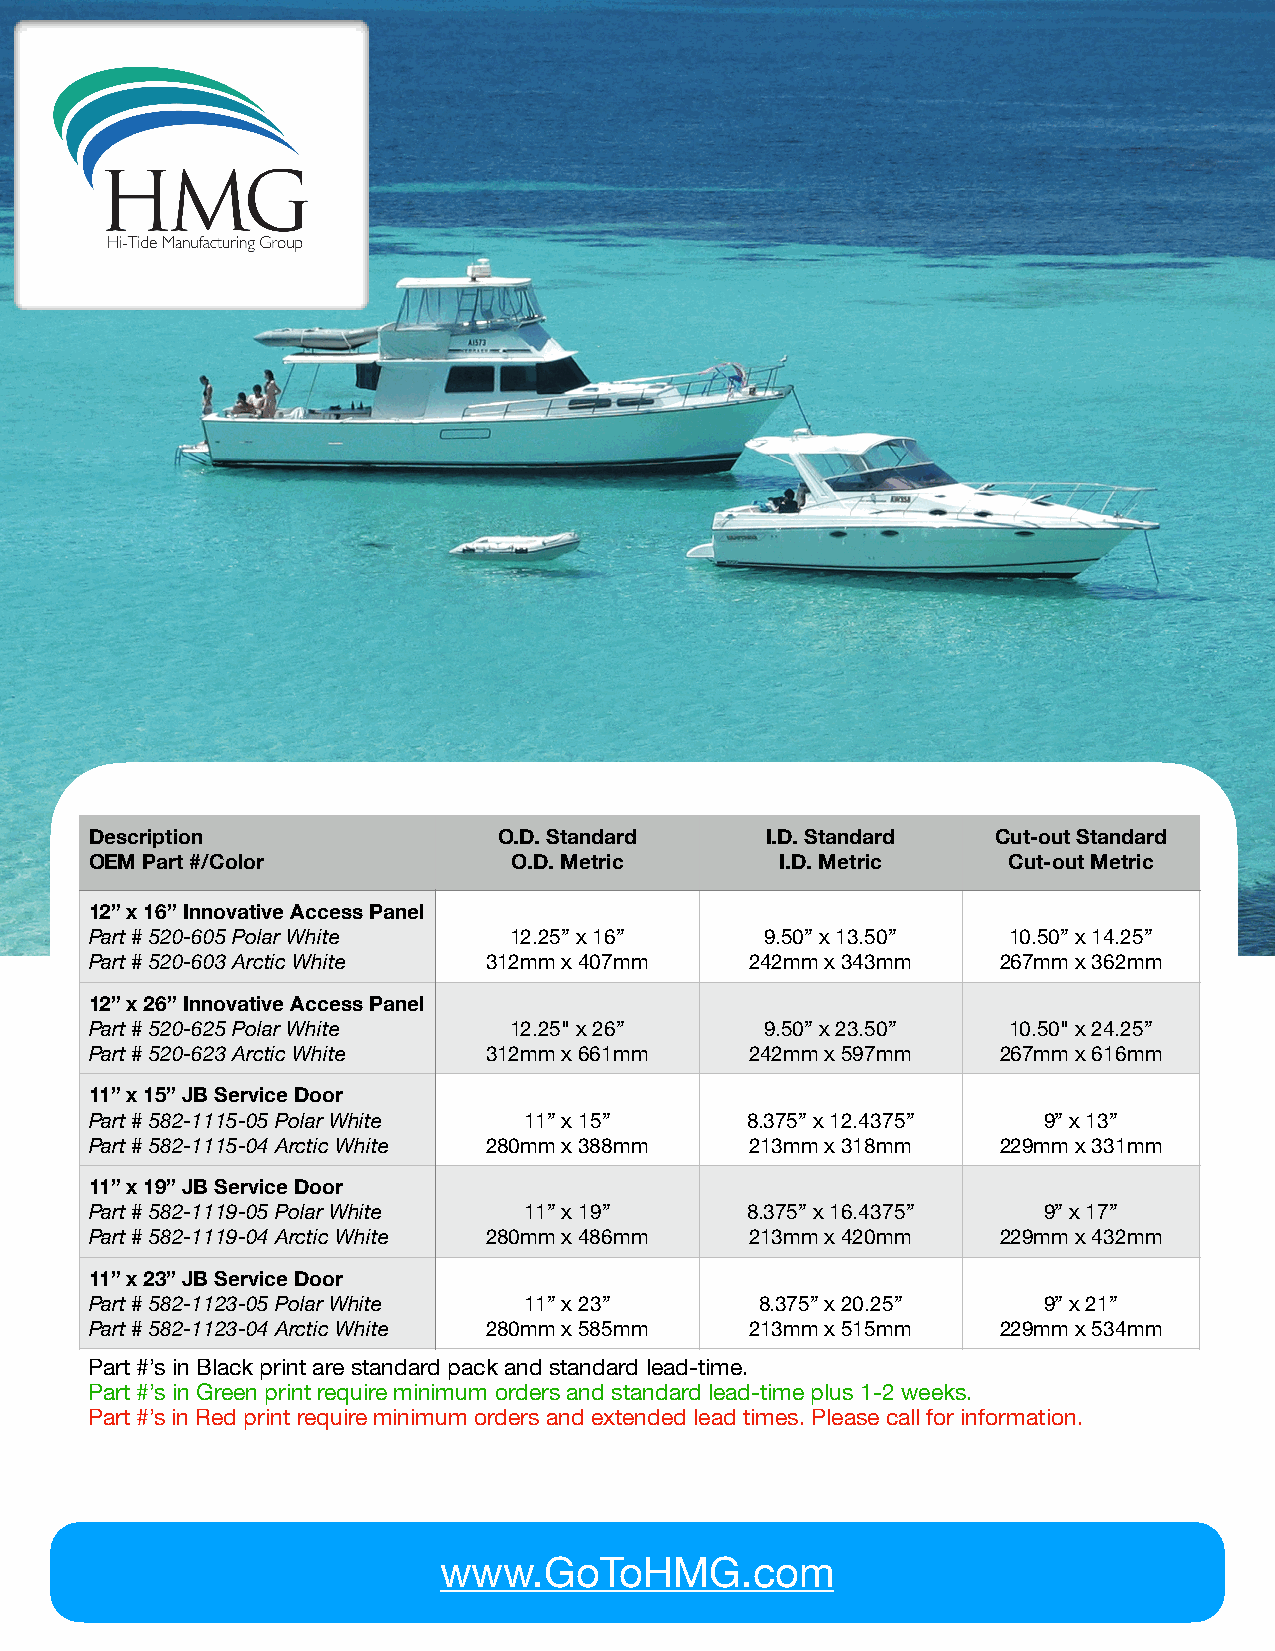
Description                O.D. Standard     I.D. Standard  Cut-out Standard
 OEM Part #/Color            O.D. Metric       I.D. Metric    Cut-out Metric
 12” x 16” Innovative Access Panel
 Part # 520-605 Polar White  12.25” x 16”     9.50” x 13.50”  10.50” x 14.25”
 Part # 520-603 Arctic White 312mm x 407mm   242mm x 343mm   267mm x 362mm
 12” x 26” Innovative Access Panel
 Part # 520-625 Polar White  12.25" x 26”     9.50” x 23.50”  10.50" x 24.25”
 Part # 520-623 Arctic White 312mm x 661mm   242mm x 597mm   267mm x 616mm
 11” x 15” JB Service Door
 Part # 582-1115-05 Polar White 11” x 15”   8.375” x 12.4375”   9” x 13”
 Part # 582-1115-04 Arctic White 280mm x 388mm 213mm x 318mm 229mm x 331mm
 11” x 19” JB Service Door
 Part # 582-1119-05 Polar White 11” x 19”   8.375” x 16.4375”   9” x 17”
 Part # 582-1119-04 Arctic White 280mm x 486mm 213mm x 420mm 229mm x 432mm
 11” x 23” JB Service Door
 Part # 582-1123-05 Polar White 11” x 23”    8.375” x 20.25”    9” x 21”
 Part # 582-1123-04 Arctic White 280mm x 585mm 213mm x 515mm 229mm x 534mm
 Part #’s in Black print are standard pack and standard lead-time.
 Part #’s in Green print require minimum orders and standard lead-time plus 1-2 weeks.
 Part #’s in Red print require minimum orders and extended lead times. Please call for information.
 www.GoToHMG.com